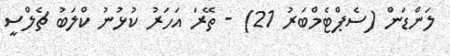
ލަންޑަން (ސެޕްޓެމްބަރު 21) - ތޭރަ އަހަރު ކުޅުނު ކްލަބު ޗެލްސީ